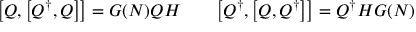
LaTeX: \bigl [ Q , \bigl [ Q ^ { \dagger } , Q \bigr ] \bigr ] = G ( N ) Q H \qquad \bigl [ Q ^ { \dagger } , \bigl [ Q , Q ^ { \dagger } \bigr ] \bigr ] = Q ^ { \dagger } H G ( N )